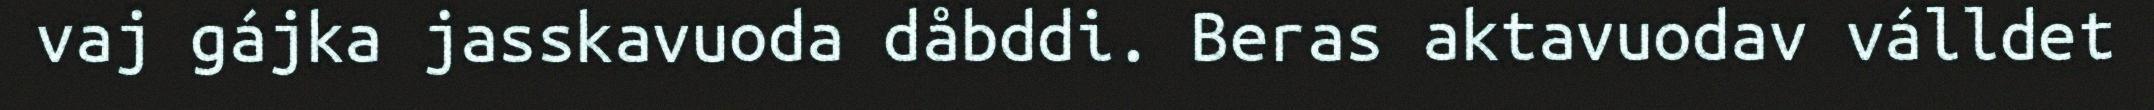
vaj gájka jasskavuoda dåbddi. Beras aktavuodav válldet